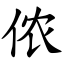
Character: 侬